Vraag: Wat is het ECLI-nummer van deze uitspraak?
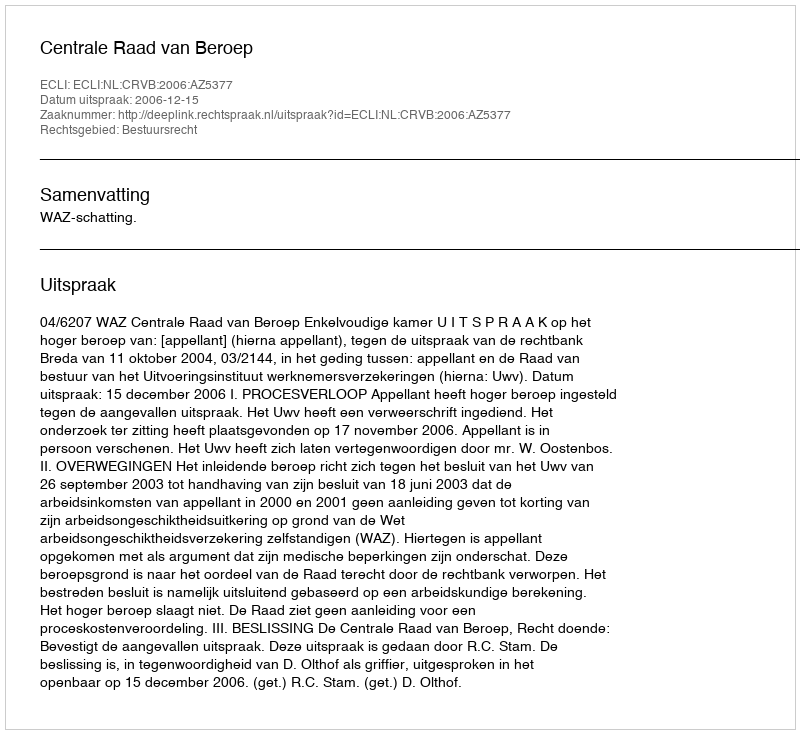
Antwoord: ECLI:NL:CRVB:2006:AZ5377